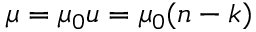
\mu = \mu _ { 0 } u = \mu _ { 0 } ( n - k )